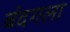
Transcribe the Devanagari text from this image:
बंदगला